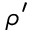
\rho ^ { \prime }